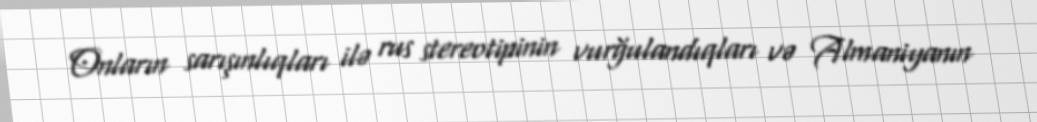
Onların sarışınlıqları ilə rus stereotipinin vurğulandıqları və Almaniyanın